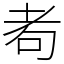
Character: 耇